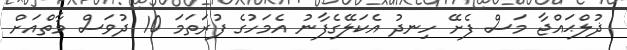
ޛުލްޙައްޖާ މަސް ފެށޭ ހިނދު އެކަލޭގެފާނު އެމަހުގެ ފުރަތަމަ 10 ދުވަސް މާތްއަށް